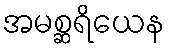
အမစ္ဆရိယေန